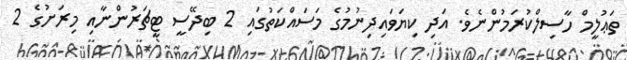
ތަޢުލީމް ހާސިލްކުރަމުންނެވެ. އަދި ކިޔަވައިދިނުމުގެ މަސައްކަތުގައި 2 ބިދޭސީ ޓީޗަރުންނާއި މިރަށުގެ 2